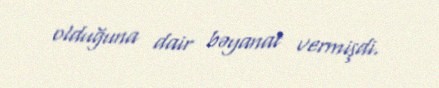
olduğuna dair bəyanat vermişdi.